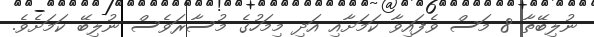
ނުލިބޭތާ 8 މަސް ވެފައިވާ ކަމަށާއި އަދި މިމަހުގެ މުސާރަަވެސް ނުލިބޭ ކަމަށެވެ.